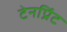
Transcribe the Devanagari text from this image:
टेनप्रिंट